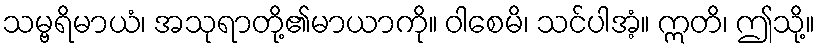
သမ္ဗရိမာယံ၊ အသုရာတို့၏မာယာကို။ ဝါစေမိ၊ သင်ပါအံ့။ ဣတိ၊ ဤသို့။